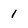
Character: 1